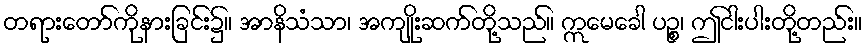
တရားတော်ကိုနားခြင်း၌။ အာနိသံသာ၊ အကျိုးဆက်တို့သည်။ ဣမေခေါ ပဉ္စ၊ ဤငါးပါးတို့တည်း။